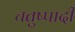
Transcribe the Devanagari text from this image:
चतुष्पादी